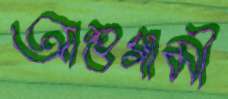
আশুগামী